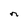
Character: n